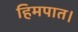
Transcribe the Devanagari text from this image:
हिमपात।